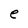
Character: e